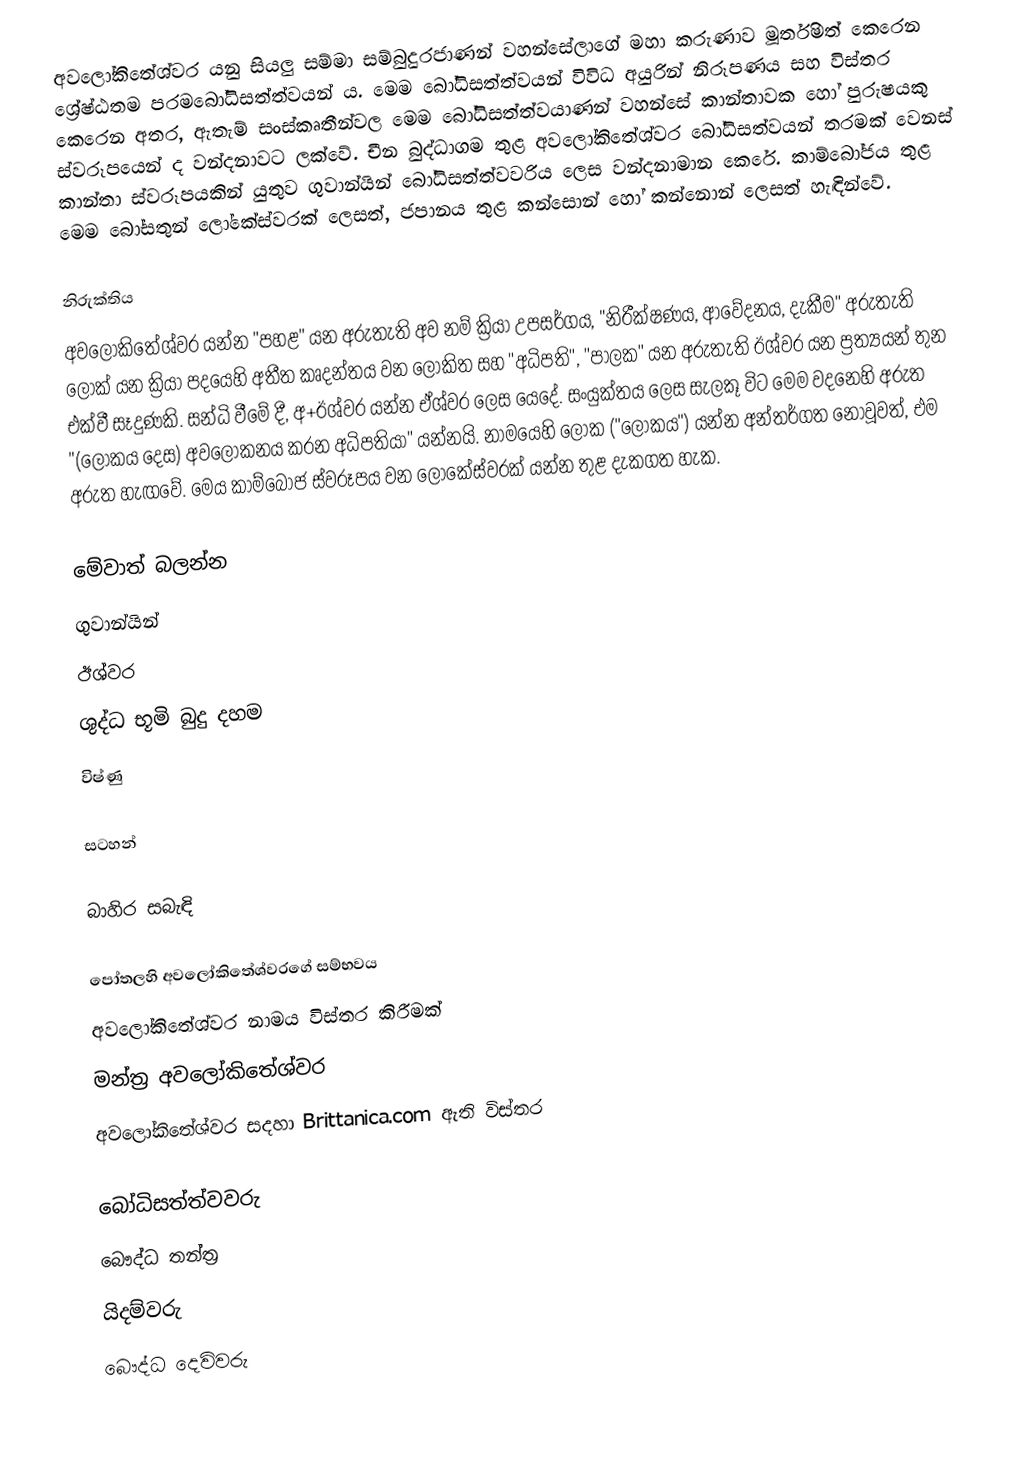
අවලෝකිතේශ්වර යනු සියලු සම්මා සම්බුදුරජාණන් වහන්සේලාගේ මහා කරුණාව මූර්තිමත් කෙරෙන ශ්‍රේෂ්ඨතම පරමබෝධිසත්ත්වයන් ය. මෙම බෝධිසත්ත්වයන් විවිධ අයුරින් නිරූපණය සහ විස්තර කෙරෙන අතර, ඇතැම් සංස්කෘතීන්වල මෙම බෝධිසත්ත්වයාණන් වහන්සේ කාන්තාවක හෝ පුරුෂයකු ස්වරූපයෙන් ද වන්දනාවට ලක්වේ. චීන බුද්ධාගම තුළ අවලෝකිතේශ්වර බෝධිසත්වයන් තරමක් වෙනස් කාන්තා ස්වරූපයකින් යුතුව ගුවාන්යින් බෝධිසත්ත්වවරිය ලෙස වන්දනාමාන කෙරේ. කාම්බෝජය තුළ මෙම බෝසතුන් ලෝකේස්වරක් ලෙසත්, ජපානය තුළ කන්සොන් හෝ කන්නොන් ලෙසත් හැඳින්වේ.

නිරුක්තිය
අවලෝකිතේශ්වර යන්න "පහළ" යන අරුතැති අව නම් ක්‍රියා උපසර්ගය, "නිරීක්ෂණය, ආවේදනය, දැකීම" අරුතැති ලෝක් යන ක්‍රියා පදයෙහි අතීත කෘදන්තය වන ලෝකිත සහ "අධිපති", "පාලක" යන අරුතැති ඊශ්වර යන ප්‍රත්‍යයන් තුන එක්වී සෑදුණකි. සන්ධි වීමේ දී, අ+ඊශ්වර යන්න ඒශ්වර ලෙස යෙදේ. සංයුක්තය ලෙස සැලකූ විට මෙම වදනෙහි අරුත "(ලෝකය දෙස) අවලෝකනය කරන අධිපතියා" යන්නයි. නාමයෙහි ලෝක ("ලෝකය") යන්න අන්තර්ගත නොවූවත්, එම අරුත හැඟවේ. මෙය කාම්බෝජ ස්වරූපය වන ලෝකේස්වරක් යන්න තුළ දැකගත හැක.

මේවාත් බලන්න
 ගුවාන්යින්
 ඊශ්වර
 ශුද්ධ භූමි බුදු දහම
 විෂ්ණු

සටහන්

බාහිර සබැඳි

 පෝතලහි අවලෝකිතේශ්වරගේ සම්භවය
 අවලෝකිතේශ්වර නාමය විස්තර කිරීමක්
 මන්ත්‍ර අවලෝකිතේශ්වර
  අවලෝකිතේශ්වර සදහා Brittanica.com ඇති විස්තර

බෝධිසත්ත්ව‍වරු
බෞද්ධ තන්ත්‍ර
යිදම්වරු
බෞද්ධ දෙවිවරු